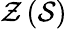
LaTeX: {\mathcal{Z}}\left({\mathcal{S}}\right)